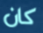
كان